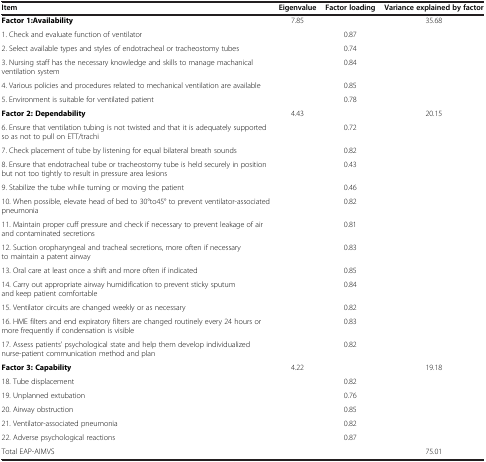
| Item | Eigenvalue | Factor loading | Variance explained by factor |
 | --- | --- | --- | --- |
 | Factor 1:Availability | 7.85 |  | 35.68 |
 | 1. Check and evaluate function of ventilator |  | 0.87 |  |
 | 2. Select available types and styles of endotracheal or tracheostomy tubes |  | 0.74 |  |
 | 3. Nursing staff has the necessary knowledge and skills to manage machanical ventilation system |  | 0.84 |  |
 | 4. Various policies and procedures related to mechanical ventilation are available |  | 0.85 |  |
 | 5. Environment is suitable for ventilated patient |  | 0.78 |  |
 | Factor 2: Dependability | 4.43 |  | 20.15 |
 | 6. Ensure that ventilation tubing is not twisted and that it is adequately supported so as not to pull on ETT/trachi |  | 0.72 |  |
 | 7. Check placement of tube by listening for equal bilateral breath sounds |  | 0.82 |  |
 | 8. Ensure that endotracheal tube or tracheostomy tube is held securely in position but not too tightly to result in pressure area lesions |  | 0.43 |  |
 | 9. Stabilize the tube while turning or moving the patient |  | 0.46 |  |
 | 10. When possible, elevate head of bed to 30°to45° to prevent ventilator-associated pneumonia |  | 0.82 |  |
 | 11. Maintain proper cuff pressure and check if necessary to prevent leakage of air and contaminated secretions |  | 0.81 |  |
 | 12. Suction oropharyngeal and tracheal secretions, more often if necessary to maintain a patent airway |  | 0.83 |  |
 | 13. Oral care at least once a shift and more often if indicated |  | 0.85 |  |
 | 14. Carry out appropriate airway humidification to prevent sticky sputum and keep patient comfortable |  | 0.84 |  |
 | 15. Ventilator circuits are changed weekly or as necessary |  | 0.82 |  |
 | 16. HME filters and end expiratory filters are changed routinely every 24 hours or more frequently if condensation is visible |  | 0.83 |  |
 | 17. Assess patients’ psychological state and help them develop individualized nurse-patient communication method and plan |  | 0.82 |  |
 | Factor 3: Capability | 4.22 |  | 19.18 |
 | 18. Tube displacement |  | 0.82 |  |
 | 19. Unplanned extubation |  | 0.76 |  |
 | 20. Airway obstruction |  | 0.85 |  |
 | 21. Ventilator-associated pneumonia |  | 0.82 |  |
 | 22. Adverse psychological reactions |  | 0.87 |  |
 | Total EAP-AIMVS |  |  | 75.01 |